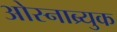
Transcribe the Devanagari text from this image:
ओस्नाब्र्युक